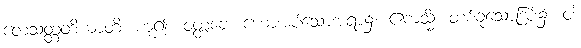
တေသတ္တတိယာတိ၊ ဟူ၍။ ဝတ္တဗ္ဗေ၊ ဟောအပ်သောအရာ၌။ ဧကသ္မိံ၊ တစ်ခုသောဒြပ်၌။ ဝါ၊